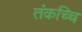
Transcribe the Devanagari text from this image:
तंकच्चि